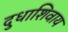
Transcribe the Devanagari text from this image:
दुधाशिवाय